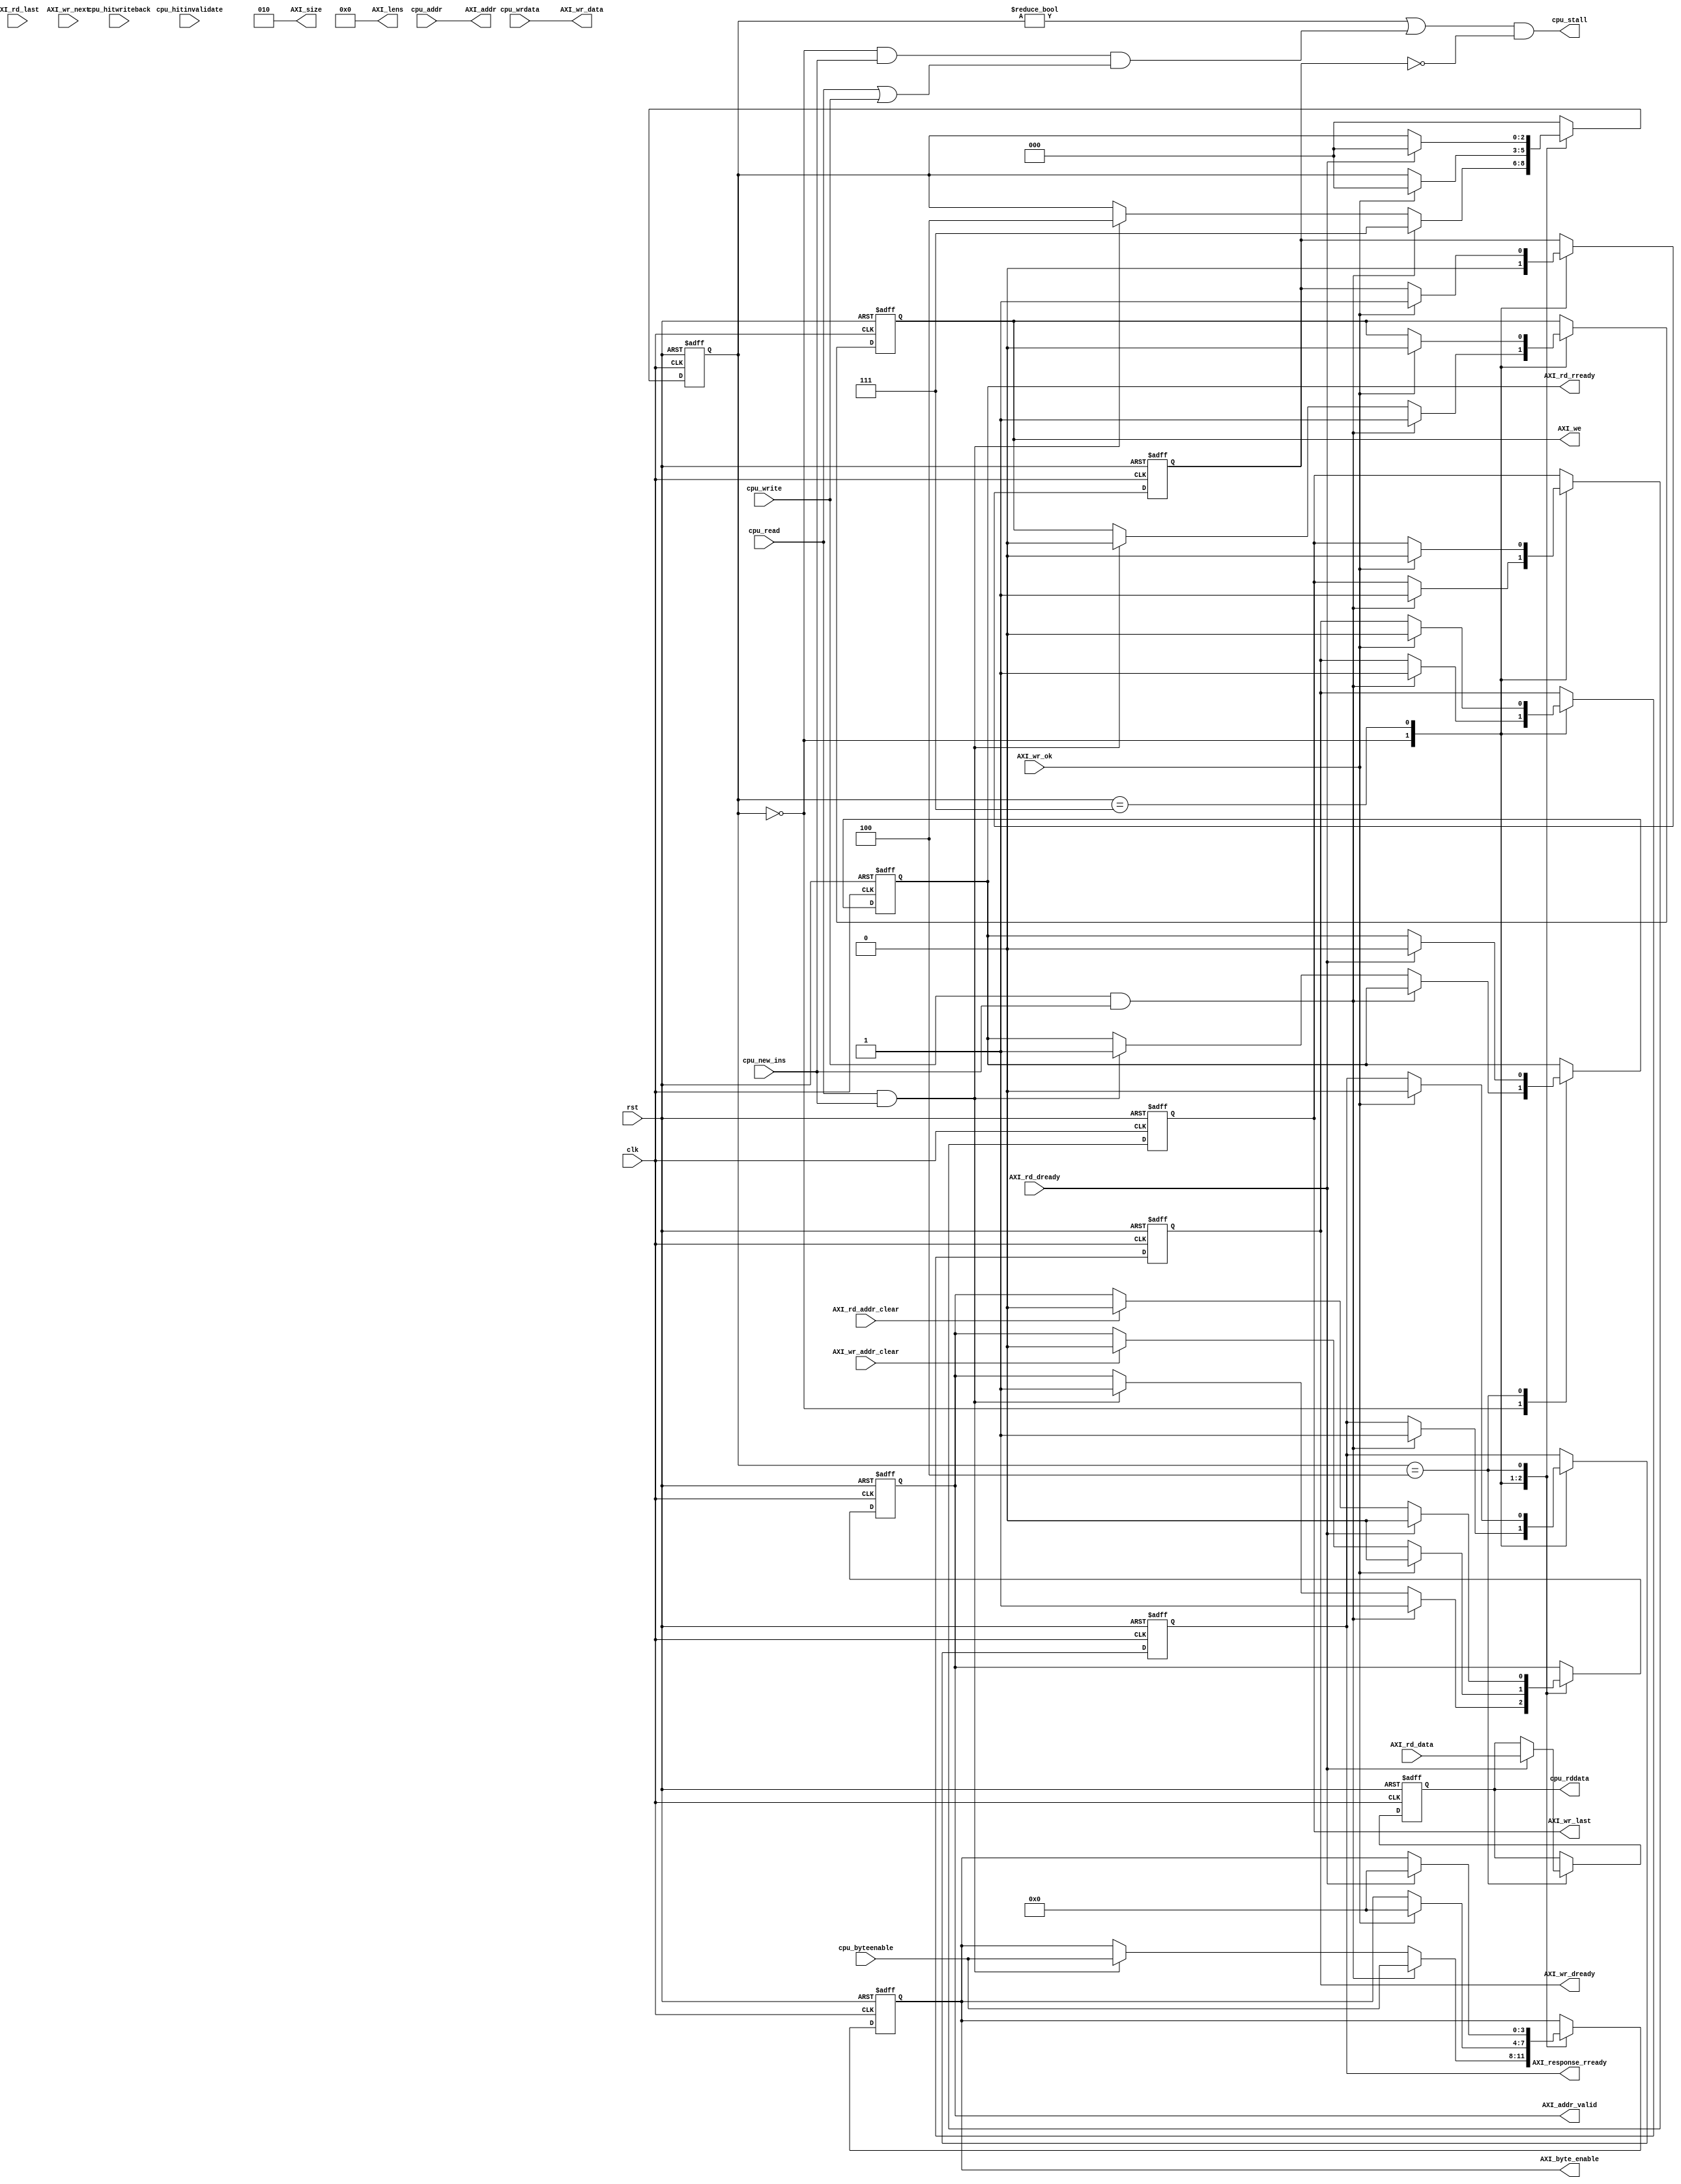
/*
**  
**  cache\cache\uncacheAXIAXI
*/

/*
uncacheAXIAXI interfaceAXI
CPUAXI
*/

`define CACHE_FSM_IDLE					3'd0
`define CACHE_FSM_WRITEBACK_WAIT		3'd1
`define CACHE_FSM_WRITEBACK				3'd3
`define CACHE_FSM_MEMREAD_WAIT			3'd4
`define CACHE_FSM_MEMREAD				3'd5
`define CACHE_FSM_WAIT_WRITE			3'd6
`define CACHE_FSM_WRITEBACK_WAITOVER	3'd7

`define AXI_1bytes_SIZE 				3'b000
`define AXI_2bytes_SIZE 				3'b001
`define AXI_4bytes_SIZE 				3'b010
`define AXI_8bytes_SIZE 				3'b011
`define AXI_16bytes_SIZE 				3'b100
`define AXI_32bytes_SIZE 				3'b101
`define AXI_64bytes_SIZE 				3'b110
`define AXI_128bytes_SIZE 				3'b111

module UnCache(
	// Clock and reset
	input  wire rst,
	input  wire clk,

	// AXI Bus 
	//input
    input wire AXI_rd_dready,//Cache
    input wire AXI_rd_last,//,
    input wire[31:0] AXI_rd_data,//
    input wire AXI_rd_addr_clear,//

    input wire AXI_wr_next,//
    input wire AXI_wr_ok,//ACK
    input wire AXI_wr_addr_clear,//

    //output
    output wire [31:0]AXI_addr,//
    output reg  AXI_addr_valid,//
    output reg  AXI_we,//
    output wire [2:0]AXI_size,
    output wire [7:0]AXI_lens,//size/length
    output reg  AXI_rd_rready,//

    output wire [31:0]AXI_wr_data,//
    output reg AXI_wr_dready,//
    output reg [3:0]AXI_byte_enable,//
    output reg AXI_wr_last,//
    output reg AXI_response_rready,

	// CPU i/f
	input  wire [31:0] cpu_addr,//CPU
	input  wire [3:0]  cpu_byteenable,//CPU
	input  wire        cpu_read,//CPU
	input  wire        cpu_write,//CPU
	input  wire        cpu_hitwriteback,//CPU
	input  wire        cpu_hitinvalidate,//CPU
	input  wire [31:0] cpu_wrdata,//CPU
	output wire [31:0] cpu_rddata,//CPU
	output wire        cpu_stall,//CPU
	input  wire        cpu_new_ins

);
	//AXI SIZE MAP
	assign AXI_size = `AXI_4bytes_SIZE;
	assign AXI_lens = 8'b0;//

	//
	reg [2:0] state;
	//reg dirty;
	reg stall_valid;
	assign AXI_wr_data = cpu_wrdata;//
	assign AXI_addr = cpu_addr;
	// To cpu
	assign cpu_stall = (
		(state != `CACHE_FSM_IDLE ||
		((state == `CACHE_FSM_IDLE) && cpu_new_ins && (cpu_read || cpu_write))) && ~stall_valid
	);

	reg[31:0] mem_rd_data;
	assign cpu_rddata = mem_rd_data;

	// FSM controller
	always @(posedge clk, negedge rst) begin
		if (~rst) begin //
			//AXI
			AXI_addr_valid<=1'b0;
			//
			AXI_response_rready<=0;
			AXI_we<=1'b0;
			AXI_rd_rready<=1'b0;
			AXI_wr_dready<=1'b0;
			AXI_byte_enable<=4'b0000;
			AXI_wr_last<=1'b0;
			//
			mem_rd_data<=0;
			state <= `CACHE_FSM_IDLE;
			stall_valid <= 0;
		end else begin
			case (state)
				`CACHE_FSM_IDLE: begin
					stall_valid <= 0;
					if (cpu_write && cpu_new_ins) begin
						//,
						//
						AXI_byte_enable<=cpu_byteenable;
						AXI_we <= 1'b1;
						AXI_addr_valid <= 1'b1;
						AXI_wr_dready <= 1'b1;
						AXI_wr_last<=1;//ACK
						AXI_response_rready <= 1;
						state <= `CACHE_FSM_WRITEBACK_WAITOVER;
					end else if (cpu_read && cpu_new_ins) begin //
						state <= `CACHE_FSM_MEMREAD_WAIT;
						//
						//
						AXI_byte_enable<=cpu_byteenable;
						AXI_we <= 1'b0;
						AXI_addr_valid <= 1'b1;
						AXI_rd_rready <=1'b1;
					end
				end

				`CACHE_FSM_WRITEBACK_WAITOVER: begin
					if(AXI_wr_addr_clear)begin
						//
						AXI_addr_valid <= 1'b0;
					end
					if (AXI_wr_ok == 1'b1) begin //
						AXI_wr_dready <= 1'b0;
						AXI_addr_valid <= 1'b0;
						AXI_response_rready <= 0;
						AXI_byte_enable<=4'b0000;
						AXI_wr_last <=0;
						AXI_we <= 1'b0;
						//dirty <= 0;
						state <= `CACHE_FSM_IDLE;
						stall_valid <= 1;
					end
					//
				end

				`CACHE_FSM_MEMREAD_WAIT: begin
					if(AXI_rd_addr_clear)begin
						//
						AXI_addr_valid <= 1'b0;
					end
					if (AXI_rd_dready == 1'b1) begin //
                        //
						mem_rd_data<= AXI_rd_data;
						//CPU
						AXI_addr_valid <= 1'b0;
						//
						AXI_rd_rready <= 1'b0;
						AXI_byte_enable<=4'b0000;
						state <= `CACHE_FSM_IDLE;
					end
				end
				default: begin
					state <= `CACHE_FSM_IDLE;
				end
			endcase
		end
	end

endmodule